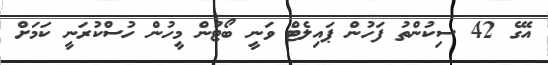
އޭގެ 42 ސިކުންތު ފަހުން ޕައިލެޓް ވަނީ ބޯޓުން މީހުން ހުސްކުރަނީ ކަމަށް